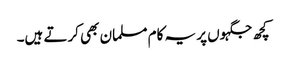
کچھ جگہوں پر یہ کام مسلمان بھی کرتے ہیں۔